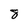
Character: 8